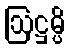
ဩဋ္ဌမ္ပိ